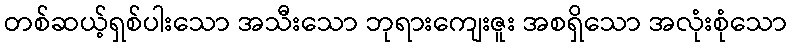
တစ်ဆယ့်ရှစ်ပါးသော အသီးသော ဘုရားကျေးဇူး အစရှိသော အလုံးစုံသော